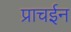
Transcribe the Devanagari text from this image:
प्राचईन